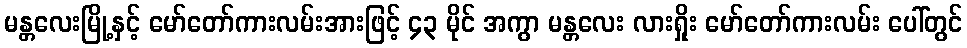
မန္တလေးမြို့နှင့် မော်တော်ကားလမ်းအားဖြင့် ၄၃ မိုင် အကွာ မန္တလေး လားရှိုး မော်တော်ကားလမ်း ပေါ်တွင်